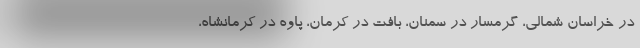
در خراسان شمالی، گرمسار در سمنان، بافت در کرمان، پاوه در کرمانشاه،